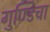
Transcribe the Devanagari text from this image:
गुण्डिचा